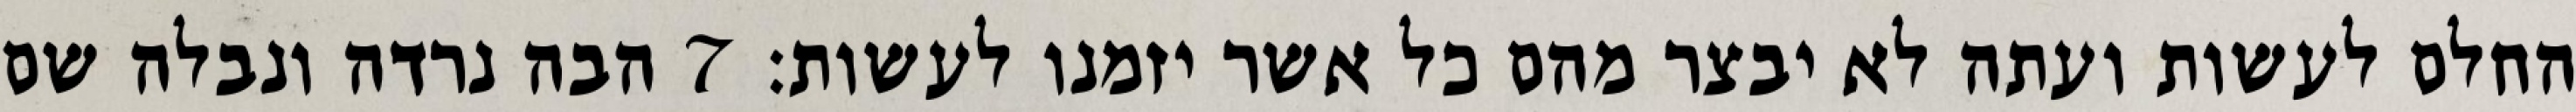
החלם לעשות ועתה לא יבצר מהם כל אשר יזמנו לעשות׃ ‎7‏ הבה נרדה ונבלה שם